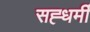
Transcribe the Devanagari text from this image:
सह्धर्मी